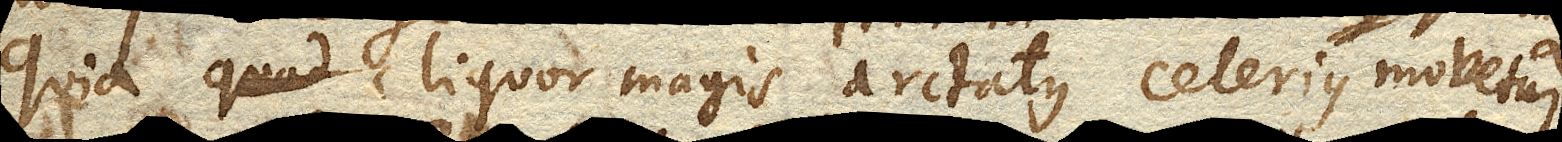
quia liquor magis arctatus celerius movetur